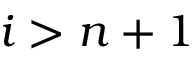
i > n + 1